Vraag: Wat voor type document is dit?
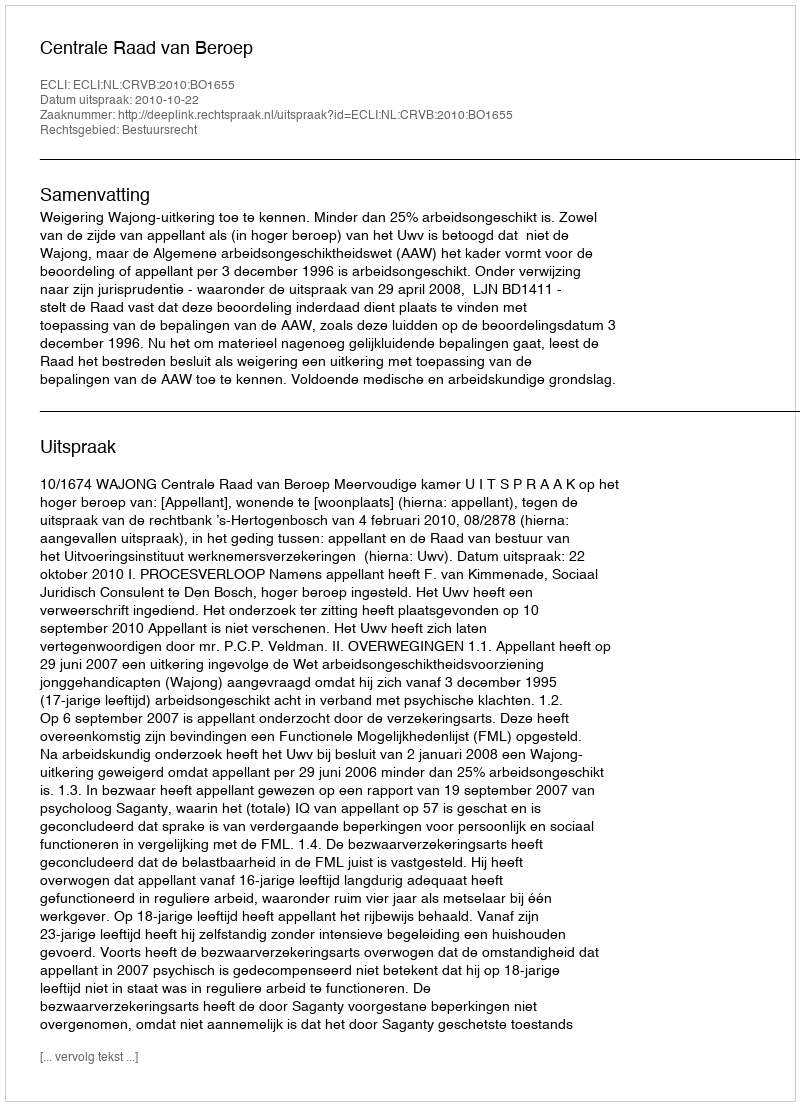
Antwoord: Uitspraak